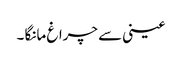
عینی سے چراغ مانگا ۔